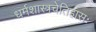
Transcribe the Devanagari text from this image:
धर्मशास्त्रचेतिहासः